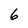
Character: 6